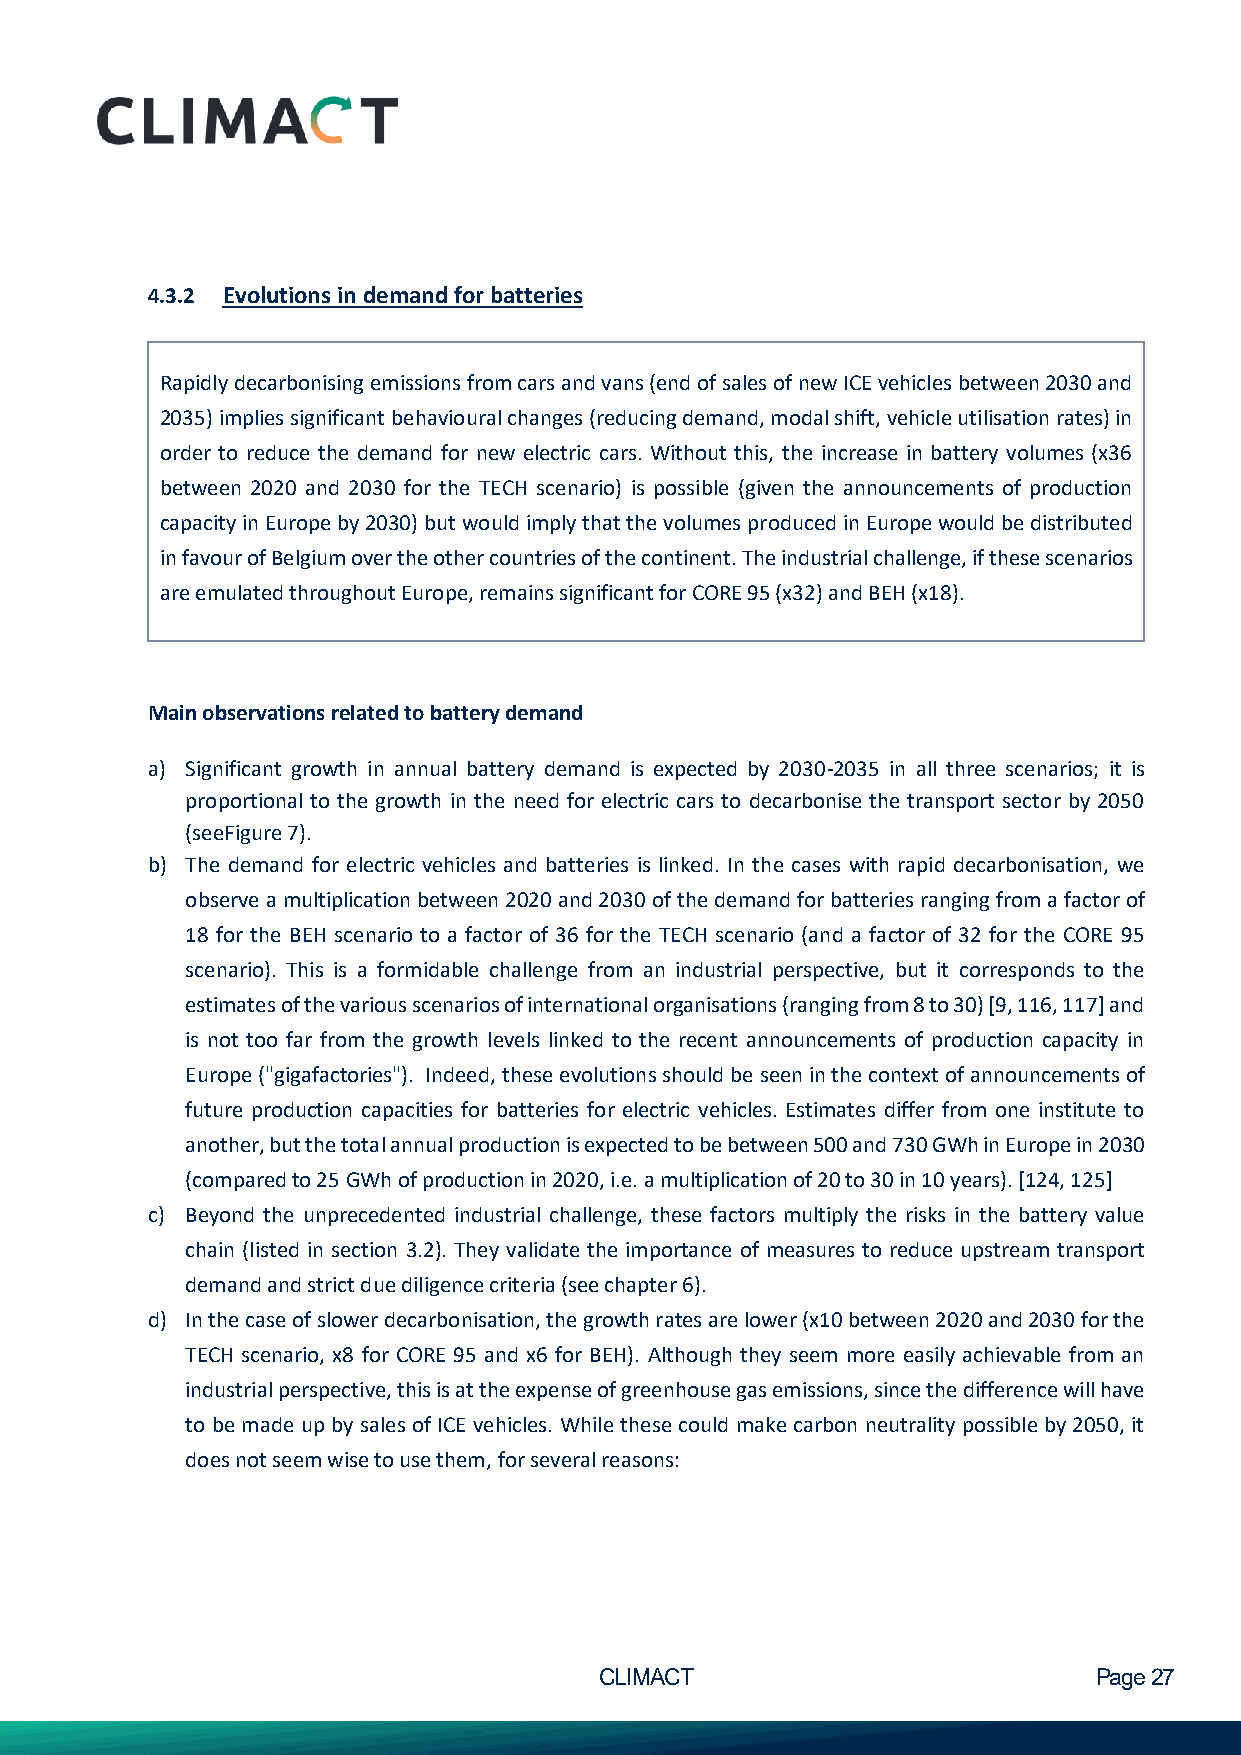
4.3.2 Evolutions in demand for batteries
 Rapidly decarbonising emissions from cars and vans (end of sales of new ICE vehicles between 2030 and
 2035) implies significant behavioural changes (reducing demand, modal shift, vehicle utilisation rates) in
 order to reduce the demand for new electric cars. Without this, the increase in battery volumes (x36
 between 2020 and 2030 for the TECH scenario) is possible (given the announcements of production
 capacity in Europe by 2030) but would imply that the volumes produced in Europe would be distributed
 in favour of Belgium over the other countries of the continent. The industrial challenge, if these scenarios
 are emulated throughout Europe, remains significant for CORE 95 (x32) and BEH (x18).
 .
 Main observations related to battery demand
 a) Significant growth in annual battery demand is expected by 2030-2035 in all three scenarios; it is
 proportional to the growth in the need for electric cars to decarbonise the transport sector by 2050
 (seeFigure 7).
 b) The demand for electric vehicles and batteries is linked. In the cases with rapid decarbonisation, we
 observe a multiplication between 2020 and 2030 of the demand for batteries ranging from a factor of
 18 for the BEH scenario to a factor of 36 for the TECH scenario (and a factor of 32 for the CORE 95
 scenario). This is a formidable challenge from an industrial perspective, but it corresponds to the
 estimates of the various scenarios of international organisations (ranging from 8 to 30) [9, 116, 117] and
 is not too far from the growth levels linked to the recent announcements of production capacity in
 Europe ("gigafactories"). Indeed, these evolutions should be seen in the context of announcements of
 future production capacities for batteries for electric vehicles. Estimates differ from one institute to
 another, but the total annual production is expected to be between 500 and 730 GWh in Europe in 2030
 (compared to 25 GWh of production in 2020, i.e. a multiplication of 20 to 30 in 10 years). [124, 125]
 c) Beyond the unprecedented industrial challenge, these factors multiply the risks in the battery value
 chain (listed in section 3.2). They validate the importance of measures to reduce upstream transport
 demand and strict due diligence criteria (see chapter 6).
 d) In the case of slower decarbonisation, the growth rates are lower (x10 between 2020 and 2030 for the
 TECH scenario, x8 for CORE 95 and x6 for BEH). Although they seem more easily achievable from an
 industrial perspective, this is at the expense of greenhouse gas emissions, since the difference will have
 to be made up by sales of ICE vehicles. While these could make carbon neutrality possible by 2050, it
 does not seem wise to use them, for several reasons:
 CLIMACT                         Page 27